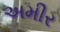
અમીર